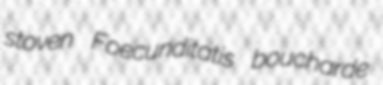
stoven Foecunditatis boucharde